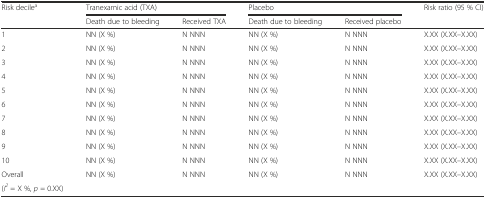
<table><thead><tr><td><b>Risk decile<sup>a</sup></b></td><td colspan="2"><b>Tranexamic acid (TXA)</b></td><td colspan="2"><b>Placebo</b></td><td><b>Risk ratio (95 % CI)</b></td></tr><tr><td></td><td><b>Death due to bleeding</b></td><td><b>Received TXA</b></td><td><b>Death due to bleeding</b></td><td><b>Received placebo</b></td><td></td></tr></thead><tbody><tr><td>1</td><td>NN (X %)</td><td>N NNN</td><td>NN (X %)</td><td>N NNN</td><td>X.XX (X.XX–X.XX)</td></tr><tr><td>2</td><td>NN (X %)</td><td>N NNN</td><td>NN (X %)</td><td>N NNN</td><td>X.XX (X.XX–X.XX)</td></tr><tr><td>3</td><td>NN (X %)</td><td>N NNN</td><td>NN (X %)</td><td>N NNN</td><td>X.XX (X.XX–X.XX)</td></tr><tr><td>4</td><td>NN (X %)</td><td>N NNN</td><td>NN (X %)</td><td>N NNN</td><td>X.XX (X.XX–X.XX)</td></tr><tr><td>5</td><td>NN (X %)</td><td>N NNN</td><td>NN (X %)</td><td>N NNN</td><td>X.XX (X.XX–X.XX)</td></tr><tr><td>6</td><td>NN (X %)</td><td>N NNN</td><td>NN (X %)</td><td>N NNN</td><td>X.XX (X.XX–X.XX)</td></tr><tr><td>7</td><td>NN (X %)</td><td>N NNN</td><td>NN (X %)</td><td>N NNN</td><td>X.XX (X.XX–X.XX)</td></tr><tr><td>8</td><td>NN (X %)</td><td>N NNN</td><td>NN (X %)</td><td>N NNN</td><td>X.XX (X.XX–X.XX)</td></tr><tr><td>9</td><td>NN (X %)</td><td>N NNN</td><td>NN (X %)</td><td>N NNN</td><td>X.XX (X.XX–X.XX)</td></tr><tr><td>10</td><td>NN (X %)</td><td>N NNN</td><td>NN (X %)</td><td>N NNN</td><td>X.XX (X.XX–X.XX)</td></tr><tr><td>Overall</td><td>NN (X %)</td><td>N NNN</td><td>NN (X %)</td><td>N NNN</td><td>X.XX (X.XX–X.XX)</td></tr><tr><td>(<i>I</i><sup><i>2</i></sup> = X %, <i>p</i> = 0.XX)</td><td></td><td></td><td></td><td></td><td></td></tr></tbody></table>